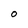
Character: O